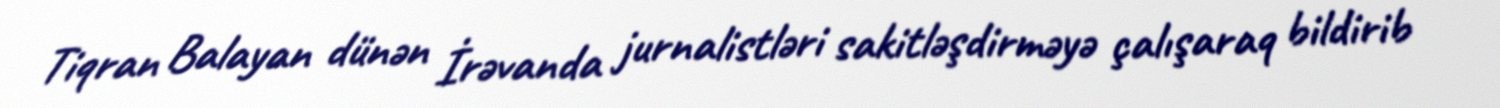
Tiqran Balayan dünən İrəvanda jurnalistləri sakitləşdirməyə çalışaraq bildirib